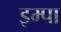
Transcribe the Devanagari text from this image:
इम्पा